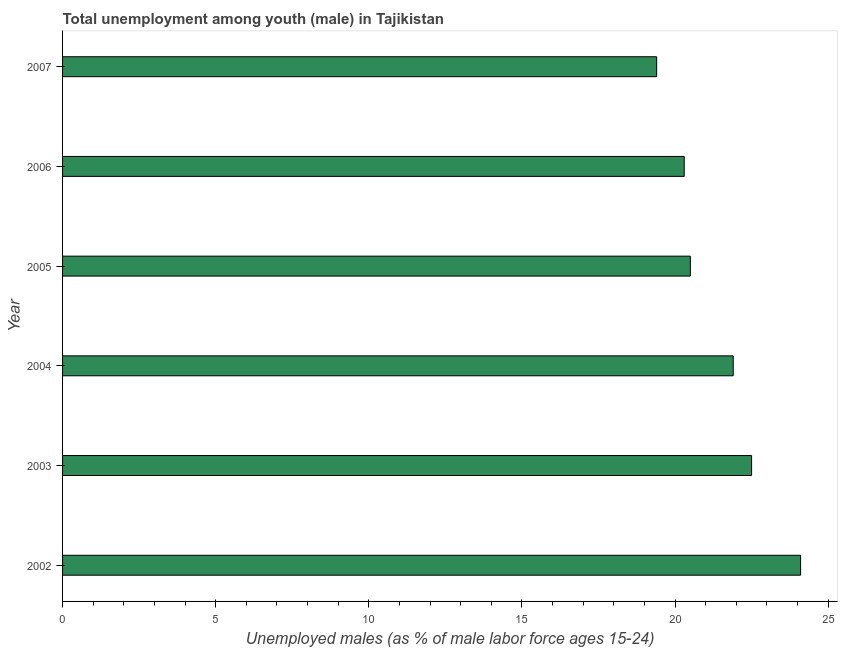
| Year | Unemployment |
 | --- | --- |
 | 2002 | 24.1 |
 | 2003 | 22.5 |
 | 2004 | 21.9 |
 | 2005 | 20.5 |
 | 2006 | 20.3 |
 | 2007 | 19.4 |